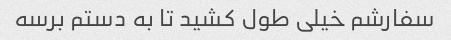
سفارشم خیلی طول کشید تا به دستم برسه